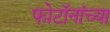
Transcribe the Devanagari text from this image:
फोटॉनांच्या